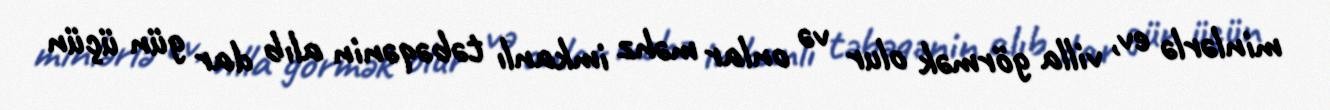
minlərlə ev, villa görmək olur və onlar məhz imkanlı təbəqənin alıb dar gün üçün